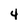
Character: 4